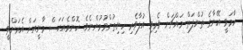
ހާމަވީ އޭނާގެ ތުންފަތް މައްޗަށް ވެރިވި އުފާވެރި ހިނިތުންވުމުންނެވެ. ކޮންމެއަކަސް މާނީއަށް އެރަށްވީ